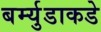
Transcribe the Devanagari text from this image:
बर्म्युडाकडे